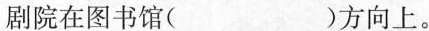
剧院在图书馆( )方向上。